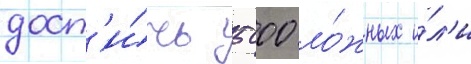
дост'и́чь 5000 ло́жных и́л'и